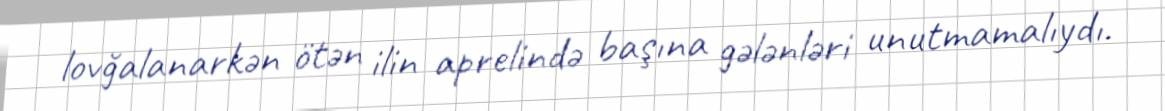
lovğalanarkən ötən ilin aprelində başına gələnləri unutmamalıydı.